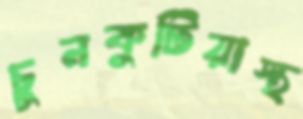
চুনকুটিয়াস্থ